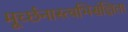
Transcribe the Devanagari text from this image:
मूर्च्छनास्त्वभिसंज्ञिता